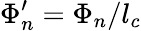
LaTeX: \Phi_{n}^{\prime}=\Phi_{n}/l_{c}